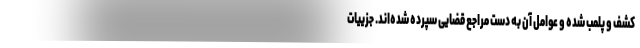
کشف و پلمب شده و عوامل آن به دست مراجع قضایی سپرده شده‌اند. جزییات